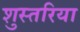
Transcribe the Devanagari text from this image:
शुस्तरिया